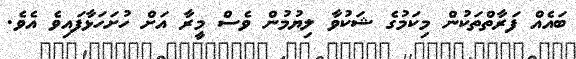
ބައެއް ފަރާތްތަކުން މިކަމުގެ ޝަކުވާ ލިޔުމުން ވެސް މީރާ އަށް ހުށަހަޅާފައިވެ އެވެ.